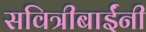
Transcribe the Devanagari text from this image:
सवित्रीबाईंनी